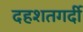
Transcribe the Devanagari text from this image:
दहशतगर्दी